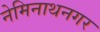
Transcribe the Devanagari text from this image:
नेमिनाथनगर